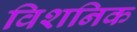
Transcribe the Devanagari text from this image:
विशनिक